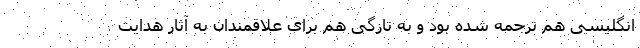
انگلیسی هم ترجمه شده بود و به تازگی هم برای علاقمندان به آثار هدایت